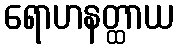
ရောဟနတ္ထာယ